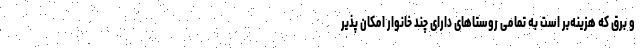
و برق که هزینه‌بر است به تمامی روستاهای دارای چند خانوار امکان پذیر